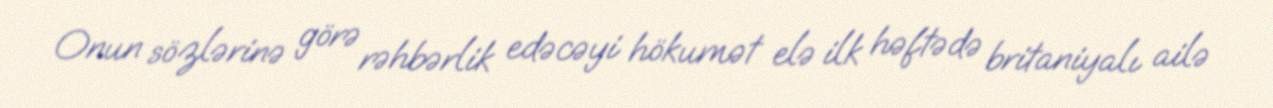
Onun sözlərinə görə rəhbərlik edəcəyi hökumət elə ilk həftədə britaniyalı ailə